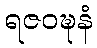
ရဇဝဍ္ဎနံ